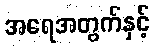
အရေအတွက်နှင့်